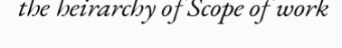
the heirarchy of Scope of work